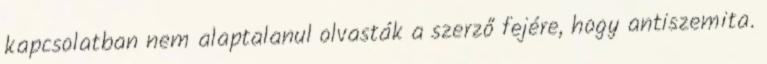
kapcsolatban nem alaptalanul olvasták a szerző fejére, hogy antiszemita.